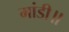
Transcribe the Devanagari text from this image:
मांडी॥